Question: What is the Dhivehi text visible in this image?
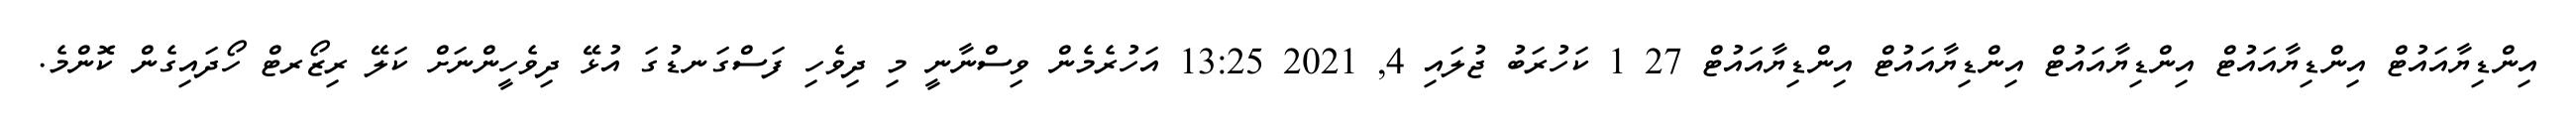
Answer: އިންޑިޔާއައުޓް އިންޑިޔާއައުޓް އިންޑިޔާއައުޓް އިންޑިޔާއައުޓް އިންޑިޔާއައުޓް 27 1 ކަހުރަބު ޖުލައި 4, 2021 13:25 އަހުރެމެން ވިސްނާނީ މި ދިވެހި ފަސްގަނޑުގަ އުޅޭ ދިވެހީންނަށް ކަލޭ ރިޒޯރޓް ހޯދައިގެން ކޮންމެ.